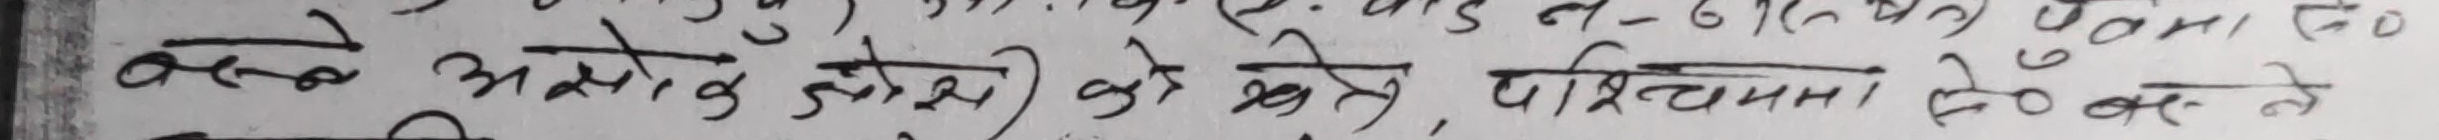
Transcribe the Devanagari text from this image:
ते अशोक लोकेश को खेत, परियोजना ३० बजे ने